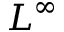
L ^ { \infty }